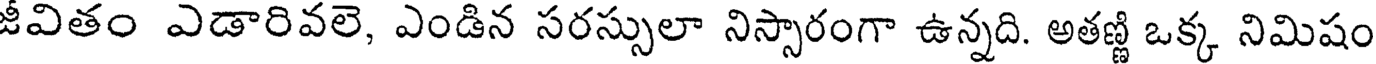
జీవితం ఎడారివలె, ఎండిన సరస్సులా నిస్సారంగా ఉన్నది. అతణ్ణి ఒక్క నిమిషం